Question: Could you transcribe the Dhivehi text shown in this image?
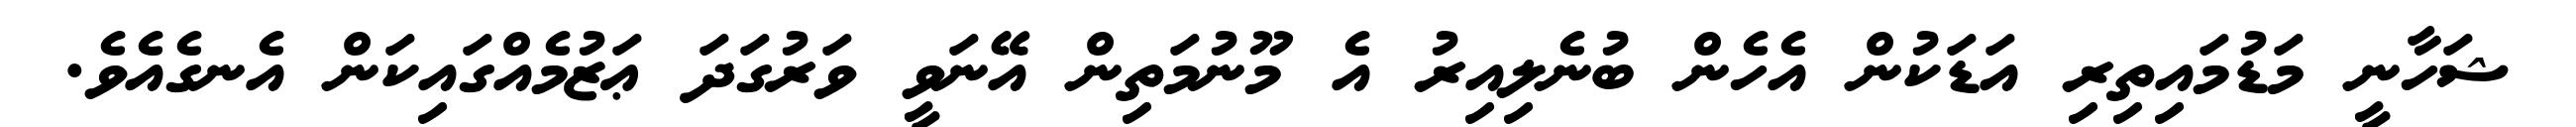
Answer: ޝަހާނީ މަޑުމައިތިރި އަޑަކުން އެހެން ބުނެލިއިރު އެ މޫނުމަތިން އޭނަވީ ވަރުގަދަ ޢަޒުމެއްގައިކަން އެނގެއެވެ.